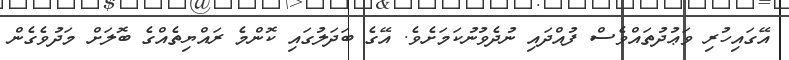
އޭގައިހުރި ވަޢުދުތައްވެސް ފުއްދައި ނުދެވުނުކަމަށެވެ. އޭގެ ބަދަލުގައި ކޮންމެ ރައްޔިތެއްގެ ބޮލަށް މަދުވެގެން